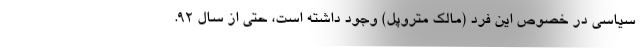
سیاسی در خصوص این فرد (مالک متروپل) وجود داشته است، حتی از سال ۹۲.